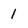
Character: 1